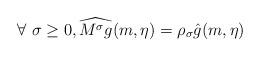
LaTeX: \begin{align*}\forall\ \sigma\geq 0,\widehat {M^\sigma g}(m,\eta)=\rho_\sigma\hat g(m,\eta)\end{align*}